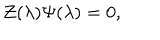
LaTeX: { \cal Z } ( \lambda ) \Psi ( \lambda ) = 0 ,